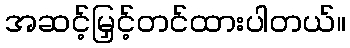
အဆင့်မြှင့်တင်ထားပါတယ်။